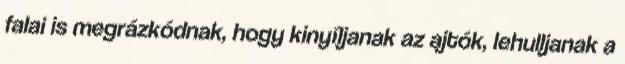
falai is megrázkódnak, hogy kinyíljanak az ajtók, lehulljanak a